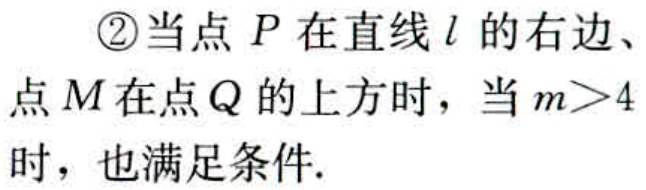
\textcircled{2}当点 \(P\) 在直线 \(l\) 的右边、点 \(M\) 在点 \(Q\) 的上方时，当 \(m > 4\) 时，也满足条件.